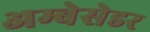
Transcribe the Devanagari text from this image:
अम्बेसेडर